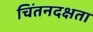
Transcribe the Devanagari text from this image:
चिंतनदक्षता